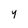
Character: 4